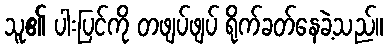
သူ၏ ပါးပြင်ကို တဖျပ်ဖျပ် ရိုက်ခတ်နေခဲ့သည်။